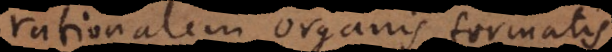
rationalem organis formatis